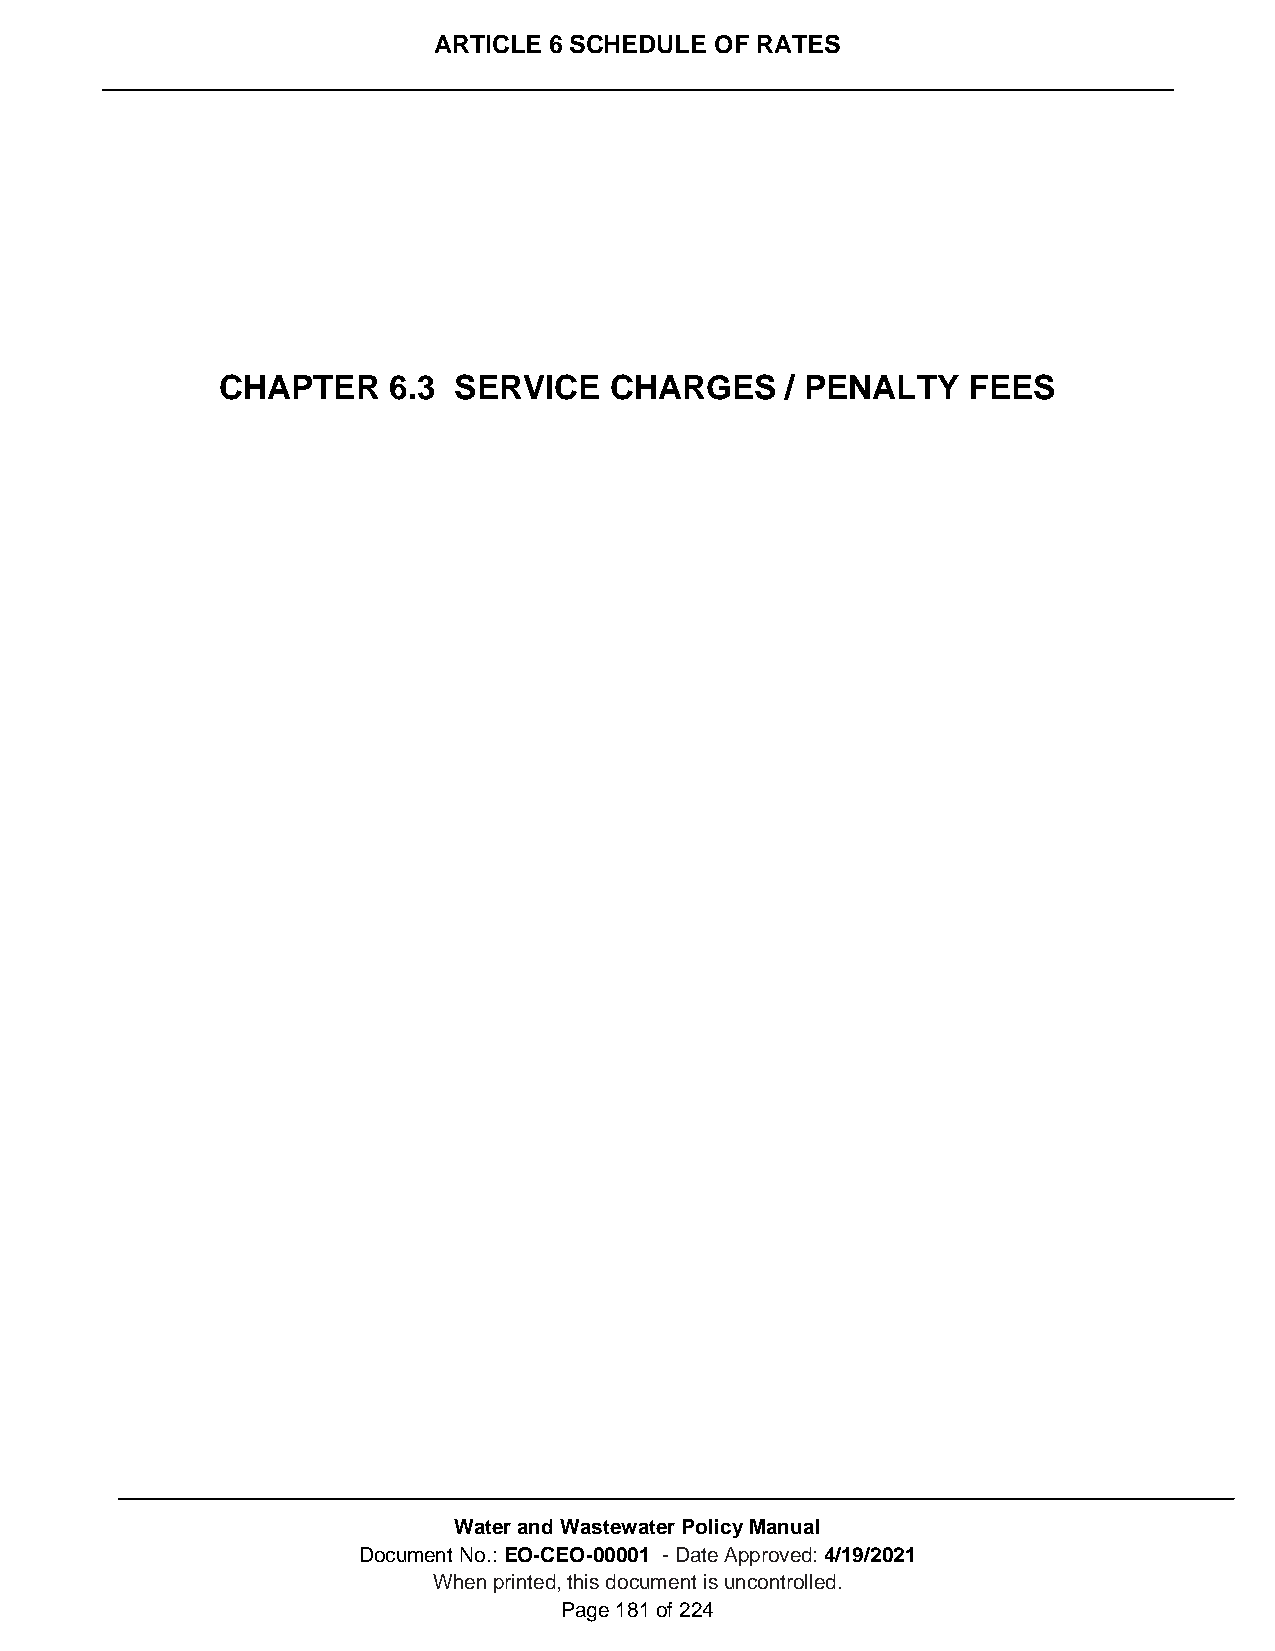
ARTICLE 6 SCHEDULE OF RATES
 CHAPTER     6.3 SERVICE   CHARGES     / PENALTY   FEES
 Water and Wastewater Policy Manual
 Document No.: EO-CEO-00001 - Date Approved: 4/19/2021
 When printed, this document is uncontrolled.
 Page 181 of 224